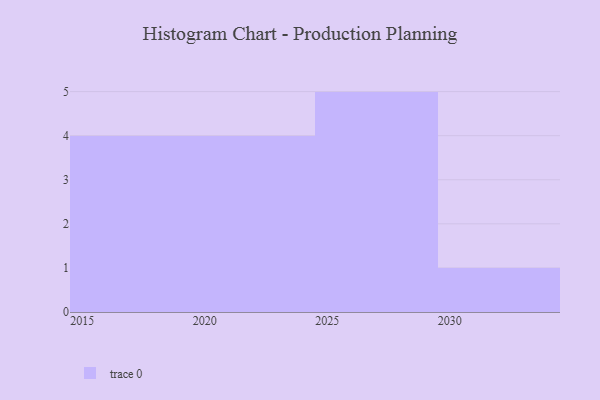
{"axis": {"x": "Year", "y": "Humidity (%)"}, "legend": [""], "data": [{"x": "2022", "y": 93, "type": ""}, {"x": "2024", "y": 75, "type": ""}, {"x": "2029", "y": 100, "type": ""}, {"x": "2027", "y": 39, "type": ""}, {"x": "2019", "y": 41, "type": ""}, {"x": "2023", "y": 51, "type": ""}, {"x": "2017", "y": 50, "type": ""}, {"x": "2026", "y": 14, "type": ""}, {"x": "2015", "y": 32, "type": ""}, {"x": "2016", "y": 29, "type": ""}, {"x": "2020", "y": 2, "type": ""}, {"x": "2028", "y": 77, "type": ""}, {"x": "2025", "y": 24, "type": ""}, {"x": "2030", "y": 14, "type": ""}]}